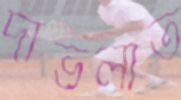
দাভলাত